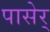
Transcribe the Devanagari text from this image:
पासेर्